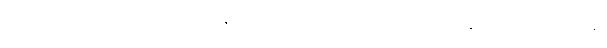
ဥမင်လမ်းထဲမှာလည်း ဗာရက်တီနဲ့ စကားပြောနေရာကနေတစ်ဆင့် နေမာက ဒိုင်လူကြီးကို